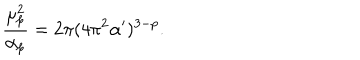
\frac { \mu _ { p } ^ { 2 } } { \alpha _ { p } } = 2 \pi ( 4 \pi ^ { 2 } \alpha ^ { \prime } ) ^ { 3 - p } .